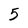
Character: 5